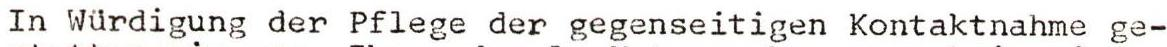
In Würdigung der Pflege der gegenseitigen Kontaktnahme ge-